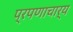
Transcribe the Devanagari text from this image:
प्रपणाचार्य